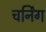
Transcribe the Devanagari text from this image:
चर्निंग